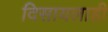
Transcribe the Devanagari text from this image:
दिसायलाही